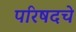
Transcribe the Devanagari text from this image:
परिषदचे